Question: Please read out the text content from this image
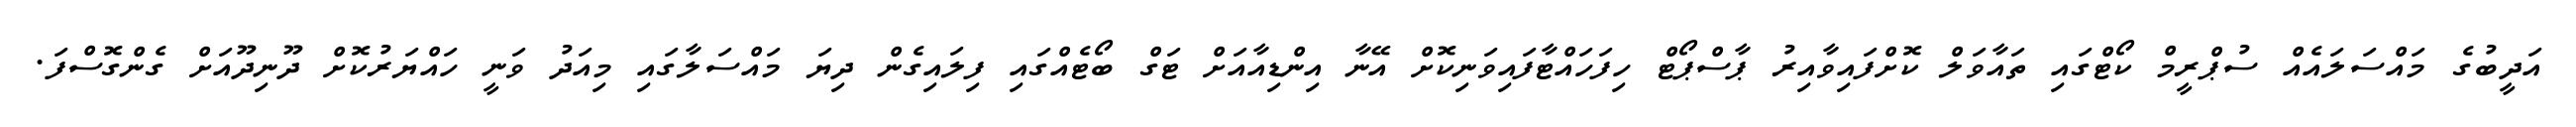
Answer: އަދީބުގެ މައްސަލައެއް ސުޕްރީމް ކޯޓްގައި ތައާވަލް ކޮށްފައިވާއިރު ޕާސްޕޯޓް ހިފަހައްޓާފައިވަނިކޮށް އޭނާ އިންޑިއާއަށް ޓަގް ބޯޓެއްގައި ފިލައިގެން ދިޔަ މައްސަލާގައި މިއަދު ވަނީ ހައްޔަރުކޮށް ދޫނިދޫއަށް ގެންގޮސްފަ.